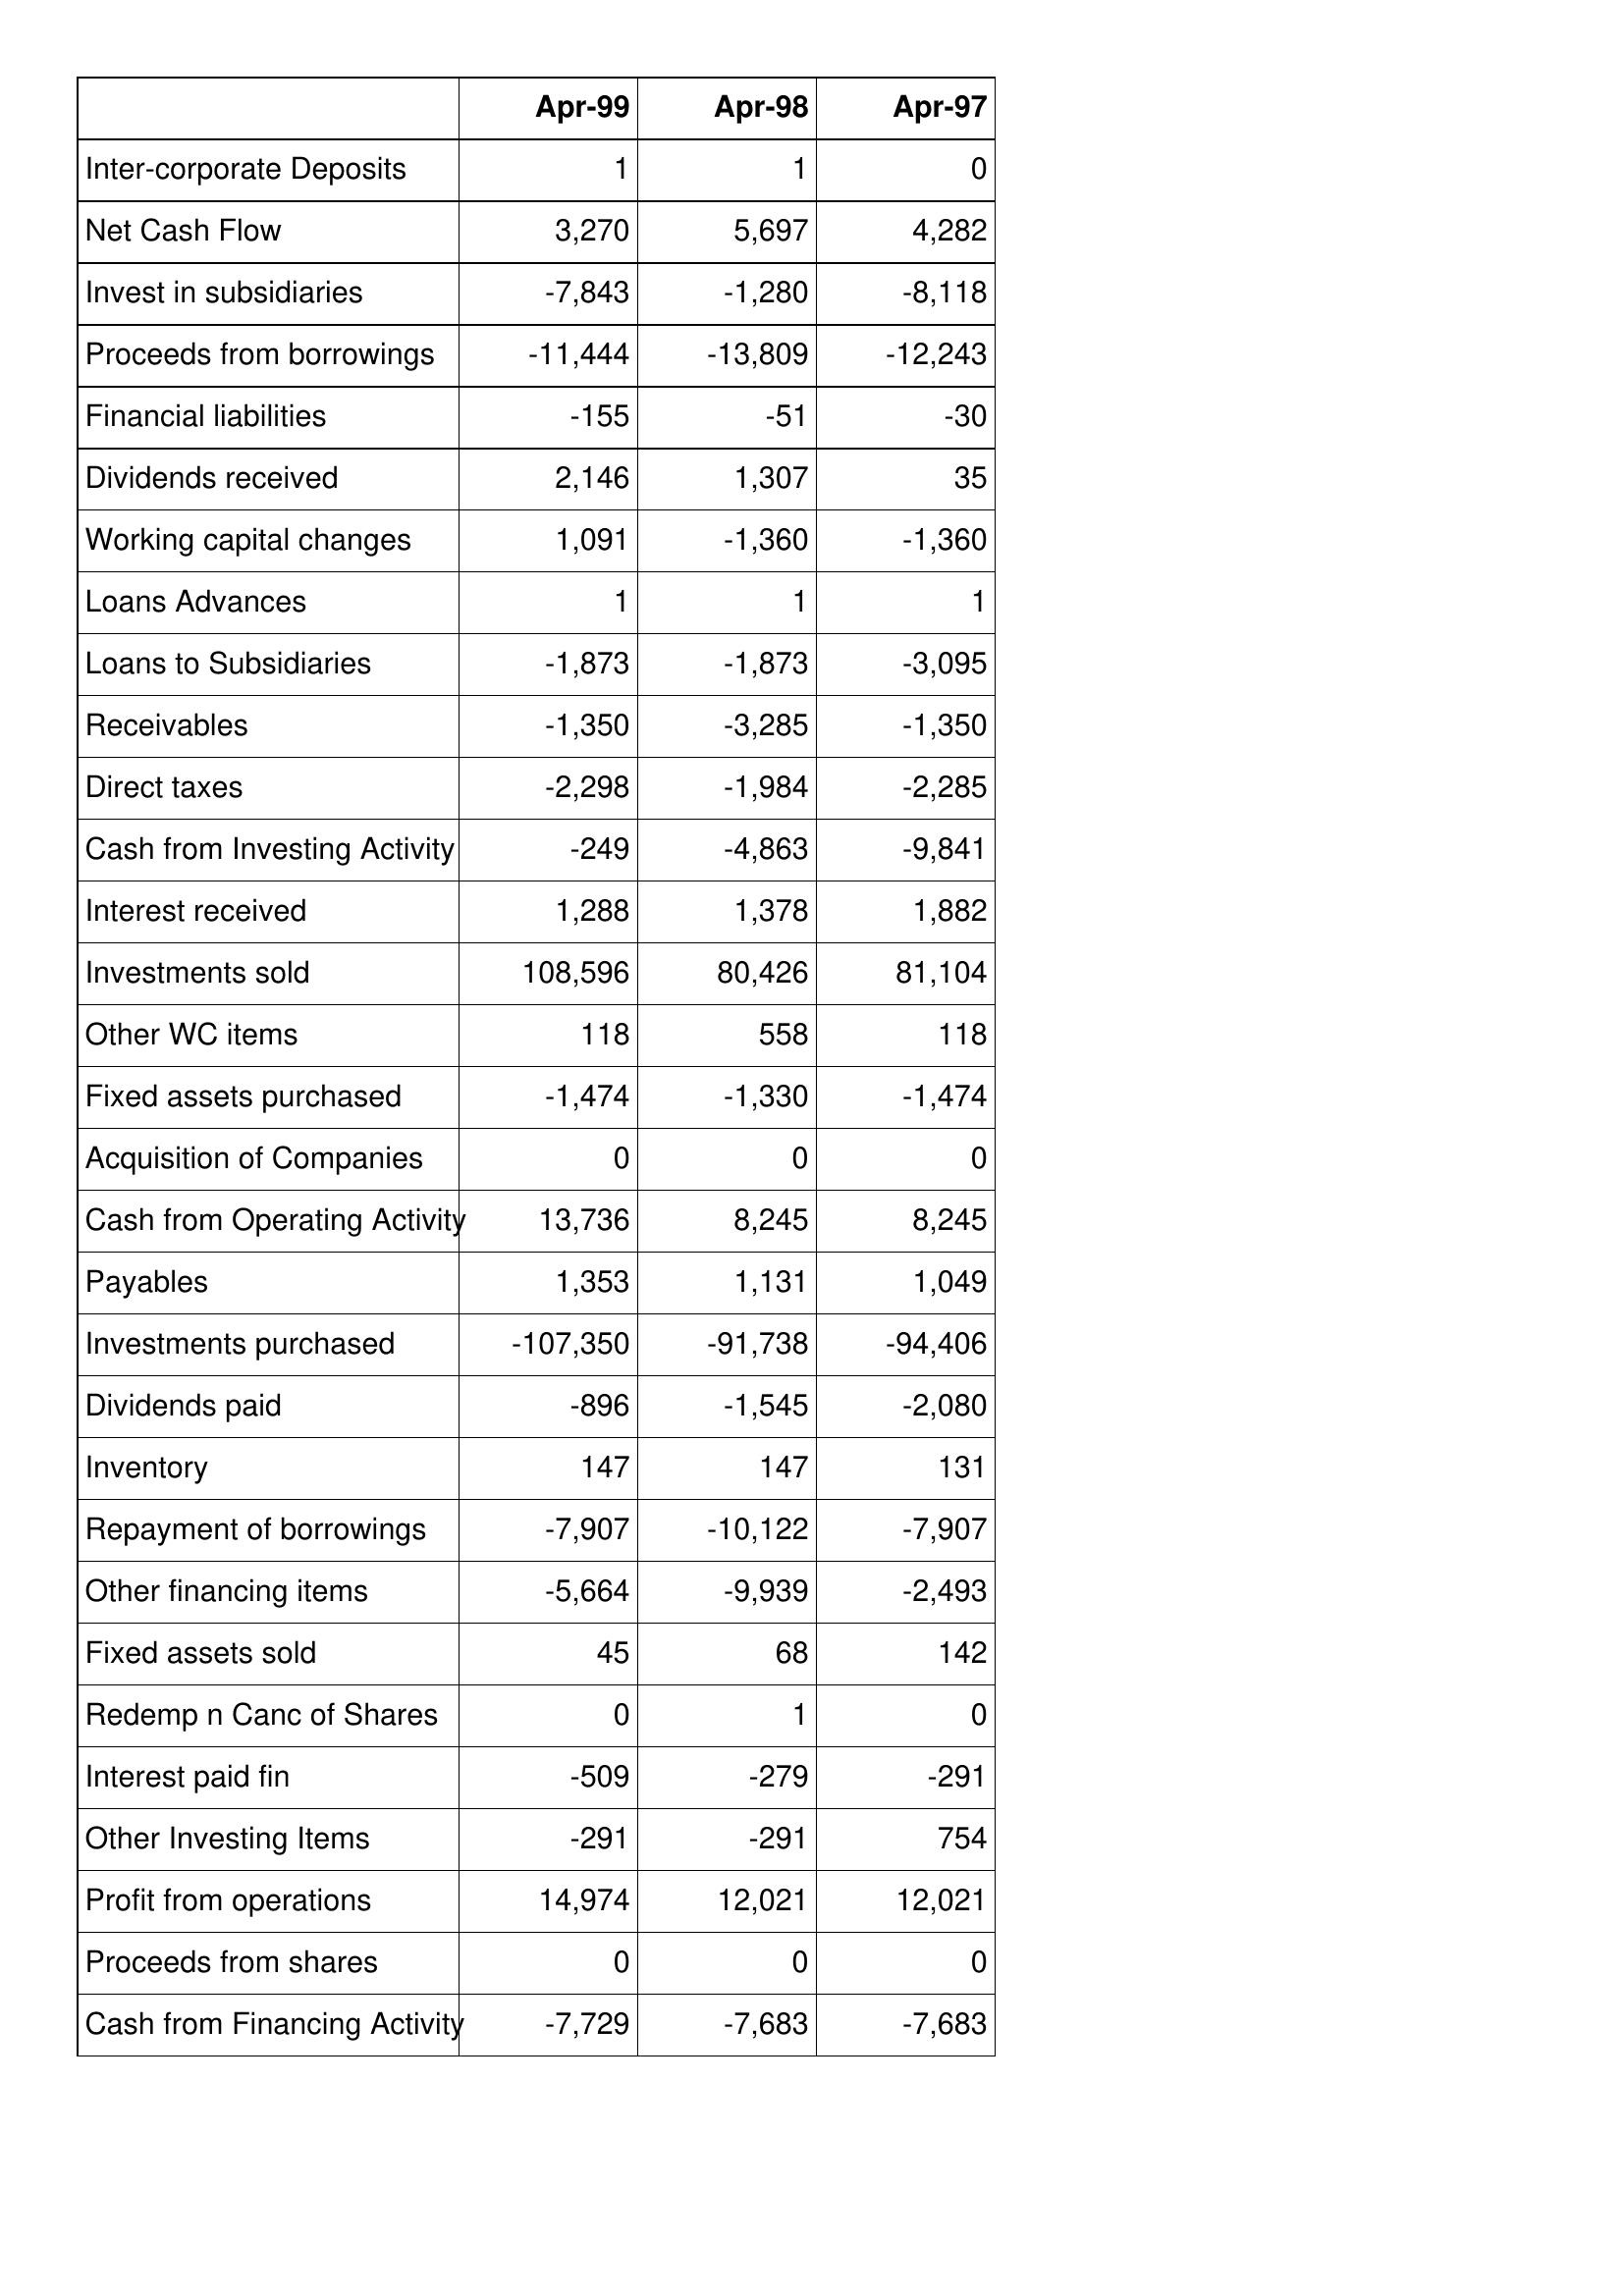
Apr-99: Cash Flows: Inter-corporate Deposits: 1
Net Cash Flow: 3,270
Invest in subsidiaries: -7,843
Proceeds from borrowings: -11,444
Financial liabilities: -155
Dividends received: 2,146
Working capital changes: 1,091
Loans Advances: 1
Loans to Subsidiaries: -1,873
Receivables: -1,350
Direct taxes: -2,298
Cash from Investing Activity: -249
Interest received: 1,288
Investments sold: 108,596
Other WC items: 118
Fixed assets purchased: -1,474
Acquisition of Companies: 0
Cash from Operating Activity: 13,736
Payables: 1,353
Investments purchased: -107,350
Dividends paid: -896
Inventory: 147
Repayment of borrowings: -7,907
Other financing items: -5,664
Fixed assets sold: 45
Redemp n Canc of Shares: 0
Interest paid fin: -509
Other Investing Items: -291
Profit from operations: 14,974
Proceeds from shares: 0
Cash from Financing Activity: -7,729
Apr-98: Cash Flows: Inter-corporate Deposits: 1
Net Cash Flow: 5,697
Invest in subsidiaries: -1,280
Proceeds from borrowings: -13,809
Financial liabilities: -51
Dividends received: 1,307
Working capital changes: -1,360
Loans Advances: 1
Loans to Subsidiaries: -1,873
Receivables: -3,285
Direct taxes: -1,984
Cash from Investing Activity: -4,863
Interest received: 1,378
Investments sold: 80,426
Other WC items: 558
Fixed assets purchased: -1,330
Acquisition of Companies: 0
Cash from Operating Activity: 8,245
Payables: 1,131
Investments purchased: -91,738
Dividends paid: -1,545
Inventory: 147
Repayment of borrowings: -10,122
Other financing items: -9,939
Fixed assets sold: 68
Redemp n Canc of Shares: 1
Interest paid fin: -279
Other Investing Items: -291
Profit from operations: 12,021
Proceeds from shares: 0
Cash from Financing Activity: -7,683
Apr-97: Cash Flows: Inter-corporate Deposits: 0
Net Cash Flow: 4,282
Invest in subsidiaries: -8,118
Proceeds from borrowings: -12,243
Financial liabilities: -30
Dividends received: 35
Working capital changes: -1,360
Loans Advances: 1
Loans to Subsidiaries: -3,095
Receivables: -1,350
Direct taxes: -2,285
Cash from Investing Activity: -9,841
Interest received: 1,882
Investments sold: 81,104
Other WC items: 118
Fixed assets purchased: -1,474
Acquisition of Companies: 0
Cash from Operating Activity: 8,245
Payables: 1,049
Investments purchased: -94,406
Dividends paid: -2,080
Inventory: 131
Repayment of borrowings: -7,907
Other financing items: -2,493
Fixed assets sold: 142
Redemp n Canc of Shares: 0
Interest paid fin: -291
Other Investing Items: 754
Profit from operations: 12,021
Proceeds from shares: 0
Cash from Financing Activity: -7,683